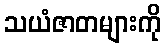
သယံဇာတများကို